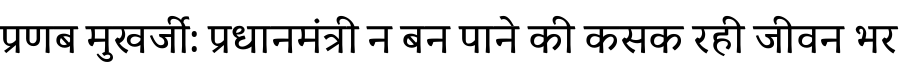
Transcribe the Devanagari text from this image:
प्रणब मुखर्जी: प्रधानमंत्री न बन पाने की कसक रही जीवन भर